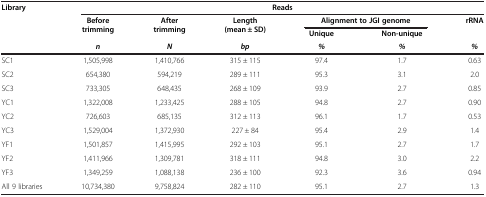
<table><thead><tr><td rowspan="3"><b>Library</b></td><td colspan="6"><b>Reads</b></td></tr><tr><td rowspan="2"><b>Before trimming</b></td><td rowspan="2"><b>After trimming</b></td><td rowspan="2"><b>Length (mean ± SD)</b></td><td colspan="2"><b>Alignment to JGI genome</b></td><td><b>rRNA</b></td></tr><tr><td><b>Unique</b></td><td><b>Non-unique</b></td><td><b> </b></td></tr><tr><td><b> </b></td><td><b><i>n</i></b></td><td><b><i>N</i></b></td><td><b><i>bp</i></b></td><td><b><i>%</i></b></td><td><b><i>%</i></b></td><td><b><i>%</i></b></td></tr></thead><tbody><tr><td>SC1</td><td>1,505,998</td><td>1,410,766</td><td>315 ± 115</td><td>97.4</td><td>1.7</td><td>0.63</td></tr><tr><td>SC2</td><td>654,380</td><td>594,219</td><td>289 ± 111</td><td>95.3</td><td>3.1</td><td>2.0</td></tr><tr><td>SC3</td><td>733,305</td><td>648,435</td><td>268 ± 109</td><td>93.9</td><td>2.7</td><td>0.85</td></tr><tr><td>YC1</td><td>1,322,008</td><td>1,233,425</td><td>288 ± 105</td><td>94.8</td><td>2.7</td><td>0.90</td></tr><tr><td>YC2</td><td>726,603</td><td>685,135</td><td>312 ± 113</td><td>96.1</td><td>1.7</td><td>0.53</td></tr><tr><td>YC3</td><td>1,529,004</td><td>1,372,930</td><td>227 ± 84</td><td>95.4</td><td>2.9</td><td>1.4</td></tr><tr><td>YF1</td><td>1,501,857</td><td>1,415,995</td><td>292 ± 103</td><td>95.1</td><td>2.7</td><td>1.7</td></tr><tr><td>YF2</td><td>1,411,966</td><td>1,309,781</td><td>318 ± 111</td><td>94.8</td><td>3.0</td><td>2.2</td></tr><tr><td>YF3</td><td>1,349,259</td><td>1,088,138</td><td>236 ± 100</td><td>92.3</td><td>3.6</td><td>0.94</td></tr><tr><td>All 9 libraries</td><td>10,734,380</td><td>9,758,824</td><td>282 ± 110</td><td>95.1</td><td>2.7</td><td>1.3</td></tr></tbody></table>